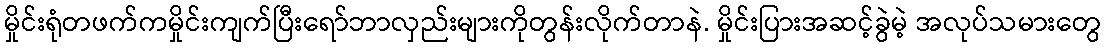
မှိုင်းရုံတဖက်ကမှိုင်းကျက်ပြီးရော်ဘာလှည်းများကိုတွန်းလိုက်တာနဲ. မှိုင်းပြားအဆင့်ခွဲမဲ့ အလုပ်သမားတွေ